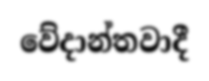
වේදාන්තවාදී